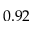
0 . 9 2